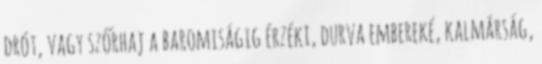
drót, vagy szőrhaj a baromiságig érzéki, durva embereké, kalmárság,